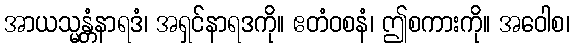
အာယသ္မန္တံနာရဒံ၊ အရှင်နာရဒကို။ ဧတံဝစနံ၊ ဤစကားကို။ အဝေါစ၊